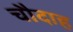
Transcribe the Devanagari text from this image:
चौदाह